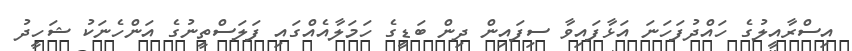
އިސްރާއީލުގެ ހައްދުފަހަނަ އަޅާފައިވާ ސިފައިން ދިން ބަޑީގެ ހަމަލާއެއްގައި ފަލަސްތީނުގެ އަންހެނަކު ޝަހީދު